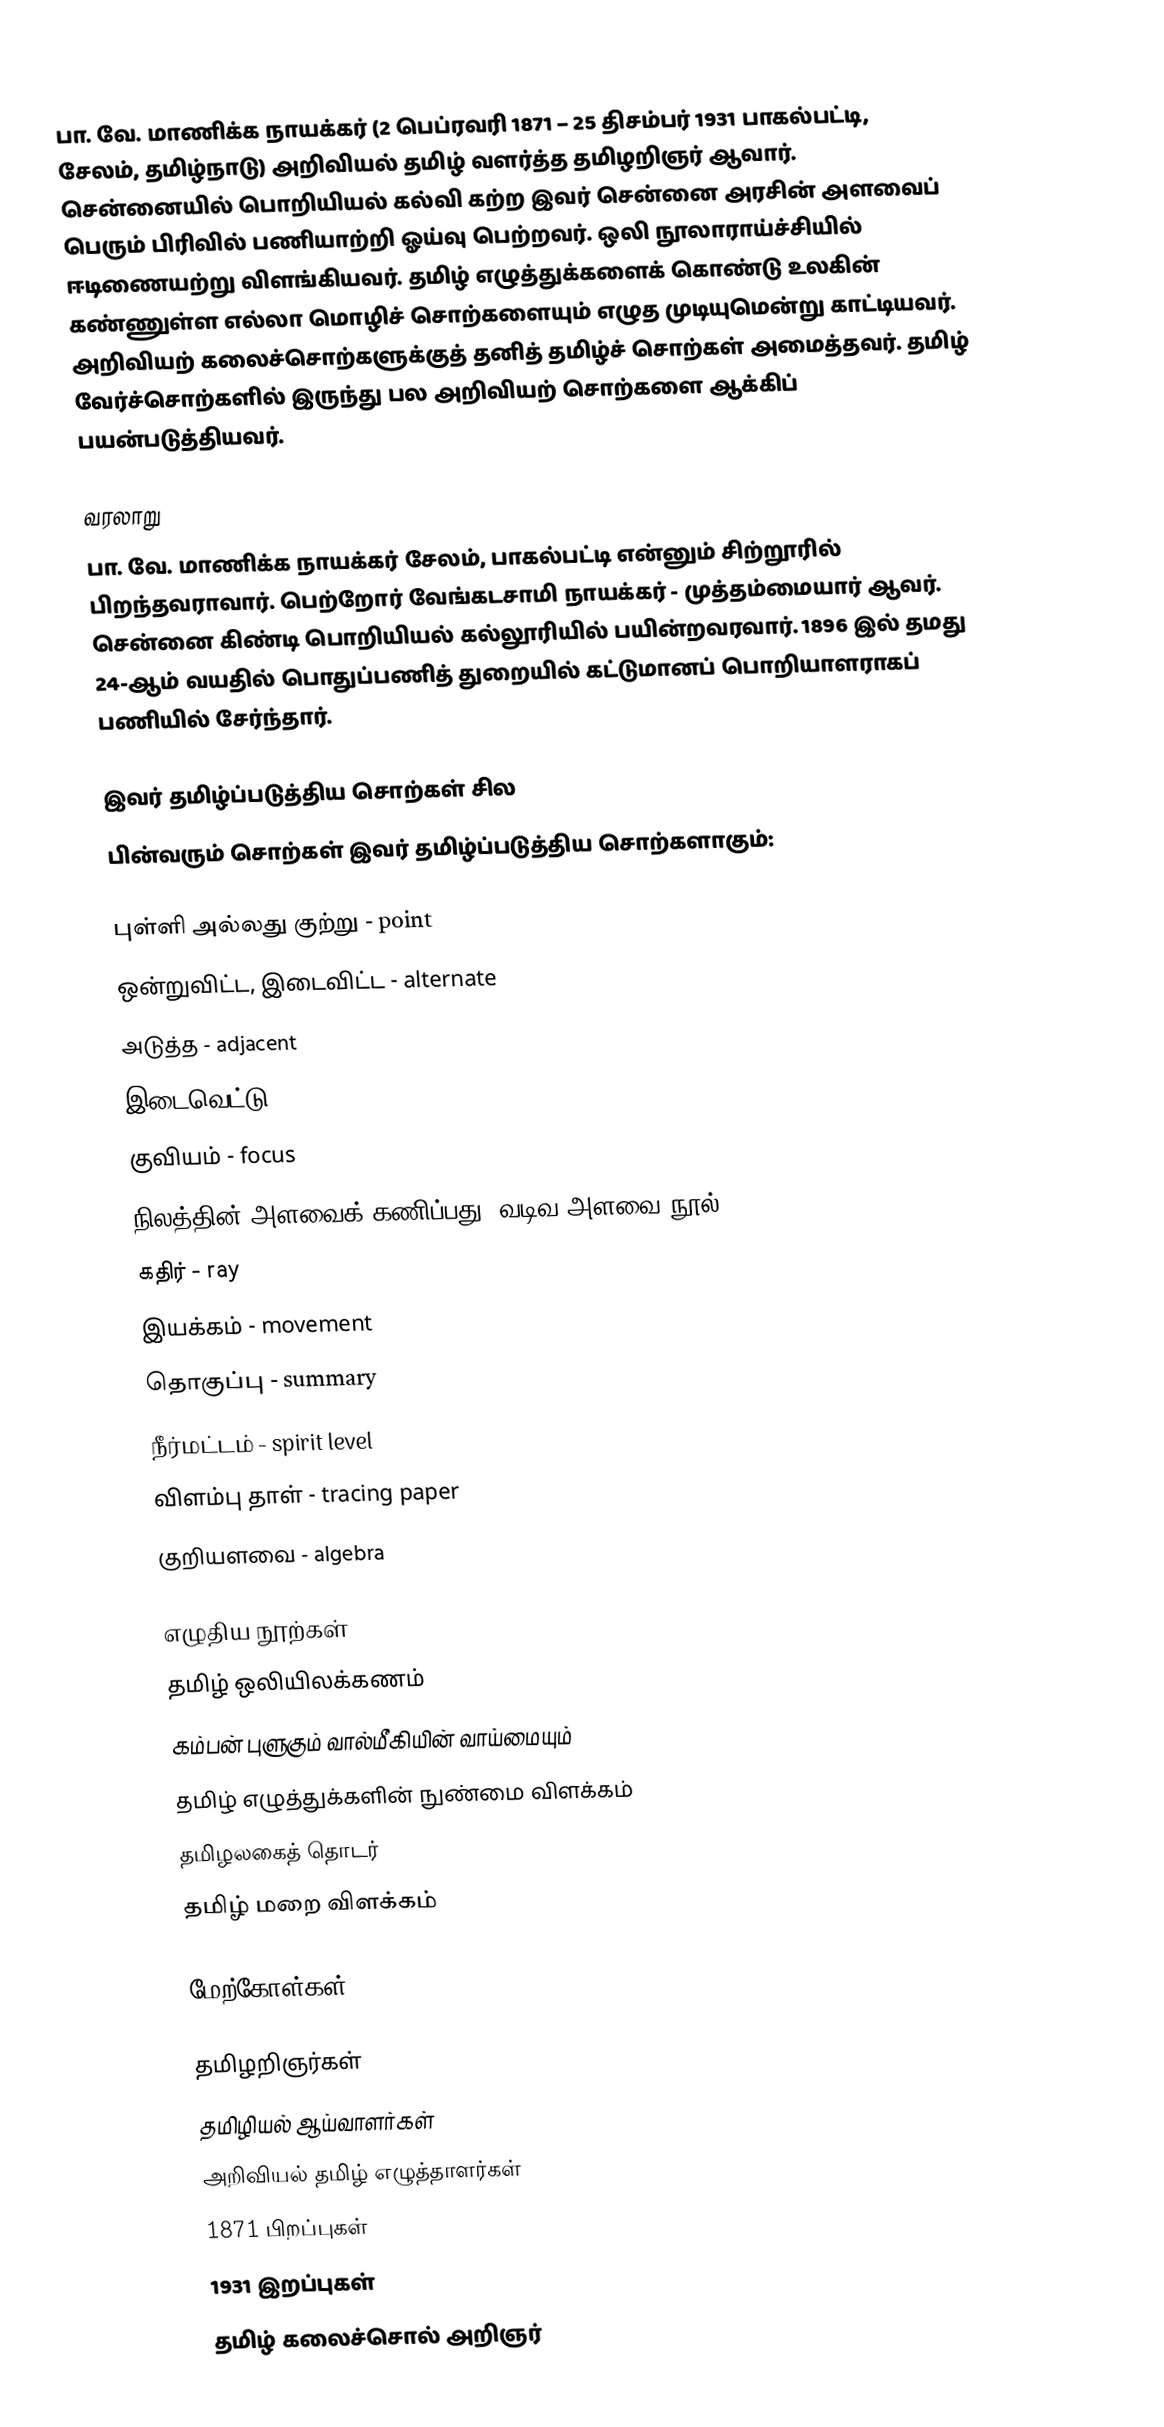
பா. வே. மாணிக்க நாயக்கர் (2 பெப்ரவரி 1871 – 25 திசம்பர் 1931 பாகல்பட்டி, சேலம், தமிழ்நாடு) அறிவியல் தமிழ் வளர்த்த தமிழறிஞர் ஆவார்.  சென்னையில் பொறியியல் கல்வி கற்ற இவர் சென்னை அரசின் அளவைப் பெரும் பிரிவில் பணியாற்றி ஓய்வு பெற்றவர். ஒலி நூலாராய்ச்சியில் ஈடிணையற்று விளங்கியவர். தமிழ் எழுத்துக்களைக் கொண்டு உலகின் கண்ணுள்ள எல்லா மொழிச் சொற்களையும் எழுத முடியுமென்று காட்டியவர். அறிவியற் கலைச்சொற்களுக்குத் தனித் தமிழ்ச் சொற்கள் அமைத்தவர். தமிழ் வேர்ச்சொற்களில் இருந்து பல அறிவியற் சொற்களை ஆக்கிப் பயன்படுத்தியவர்.

வரலாறு
பா. வே. மாணிக்க நாயக்கர் சேலம், பாகல்பட்டி என்னும் சிற்றூரில் பிறந்தவராவார்.  பெற்றோர் வேங்கடசாமி நாயக்கர் - முத்தம்மையார்  ஆவர். சென்னை கிண்டி பொறியியல் கல்லூரியில் பயின்றவரவார். 1896 இல் தமது 24-ஆம் வயதில் பொதுப்பணித் துறையில் கட்டுமானப் பொறியாளராகப் பணியில் சேர்ந்தார்.

இவர் தமிழ்ப்படுத்திய சொற்கள் சில
பின்வரும் சொற்கள் இவர் தமிழ்ப்படுத்திய சொற்களாகும்:

 புள்ளி அல்லது குற்று - point
 ஒன்றுவிட்ட, இடைவிட்ட - alternate
 அடுத்த - adjacent
 இடைவெட்டு - intersection
 குவியம் - focus
 நிலத்தின் அளவைக் கணிப்பது, வடிவ அளவை நூல் - geometry
 கதிர் - ray
 இயக்கம் - movement
 தொகுப்பு - summary
 நீர்மட்டம் - spirit level
 விளம்பு தாள் - tracing paper
 குறியளவை - algebra

எழுதிய நூற்கள்
 தமிழ் ஒலியிலக்கணம்
 கம்பன் புளுகும் வால்மீகியின் வாய்மையும்
 தமிழ் எழுத்துக்களின் நுண்மை விளக்கம்
 தமிழலகைத் தொடர்
 தமிழ் மறை விளக்கம்

மேற்கோள்கள்

தமிழறிஞர்கள்
தமிழியல் ஆய்வாளர்கள்
அறிவியல் தமிழ் எழுத்தாளர்கள்
1871 பிறப்புகள்
1931 இறப்புகள்
தமிழ் கலைச்சொல் அறிஞர்